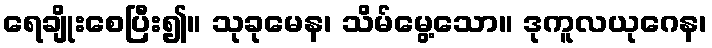
ရေချိုးစေပြီး၍။ သုခုမေန၊ သိမ်မွေ့သော။ ဒုကူလယုဂေန၊